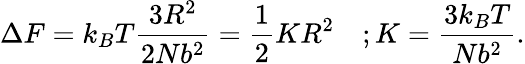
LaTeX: \Delta F=k_{B}T{\frac{3R^{2}}{2Nb^{2}}}={\frac{1}{2}}KR^{2}\quad;K={\frac{3k_{B}T}{Nb^{2}}}.